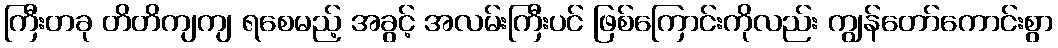
ကြီးတခု တိတိကျကျ ရစေမည့် အခွင့် အလမ်းကြီးပင် ဖြစ်ကြောင်းကိုလည်း ကျွန်တော်ကောင်းစွာ